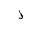
Letter: _thal